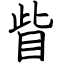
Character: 眥